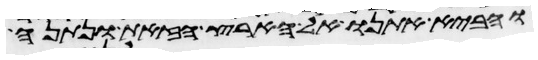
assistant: והביא אתנו אל הארץ הזאת ונתנה